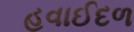
હવાઈદળ